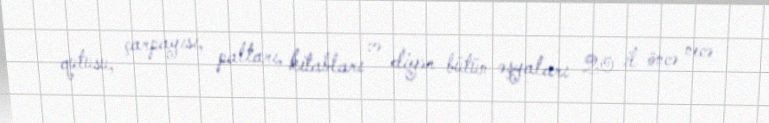
qutusu, çarpayısı, paltarı, kitabları və digər bütün əşyaları 20 il öncə necə